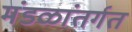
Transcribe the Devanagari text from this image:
मंडळांतर्गत